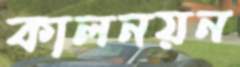
কালনয়ন